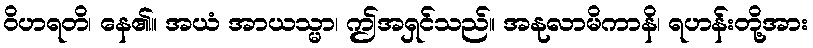
ဝိဟရတိ၊ နေ၏။ အယံ အာယသ္မာ၊ ဤအရှင်သည်။ အနုလာမိကာနိ၊ ရဟန်းတို့အား